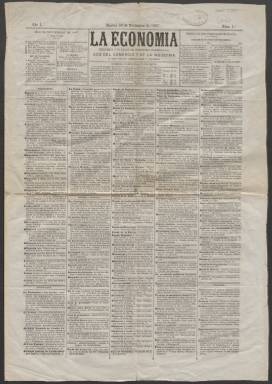
Título: La Economía (Madrid. 1867)
Colección: Periódicos
Ámbito geográfico: Madrid
Lugar de publicación: Madrid
Fechas: 26/11/1867-26/11/1867